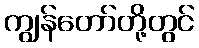
ကျွန်တော်တို့တွင်